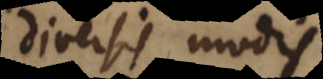
diversis modis